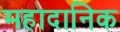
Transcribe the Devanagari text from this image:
महादानिक